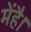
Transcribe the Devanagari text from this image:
मेंहै।